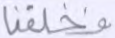
فخلقنا